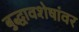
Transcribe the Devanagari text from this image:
बुद्धावशेषांवर